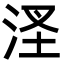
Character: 㳗